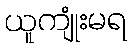
ယူကျုံးမရ